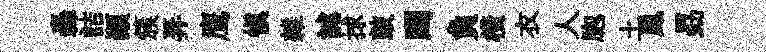
轟詰顚簇弄鹰慎雜謔捄鼓躅負横衣人胞土鳳勗